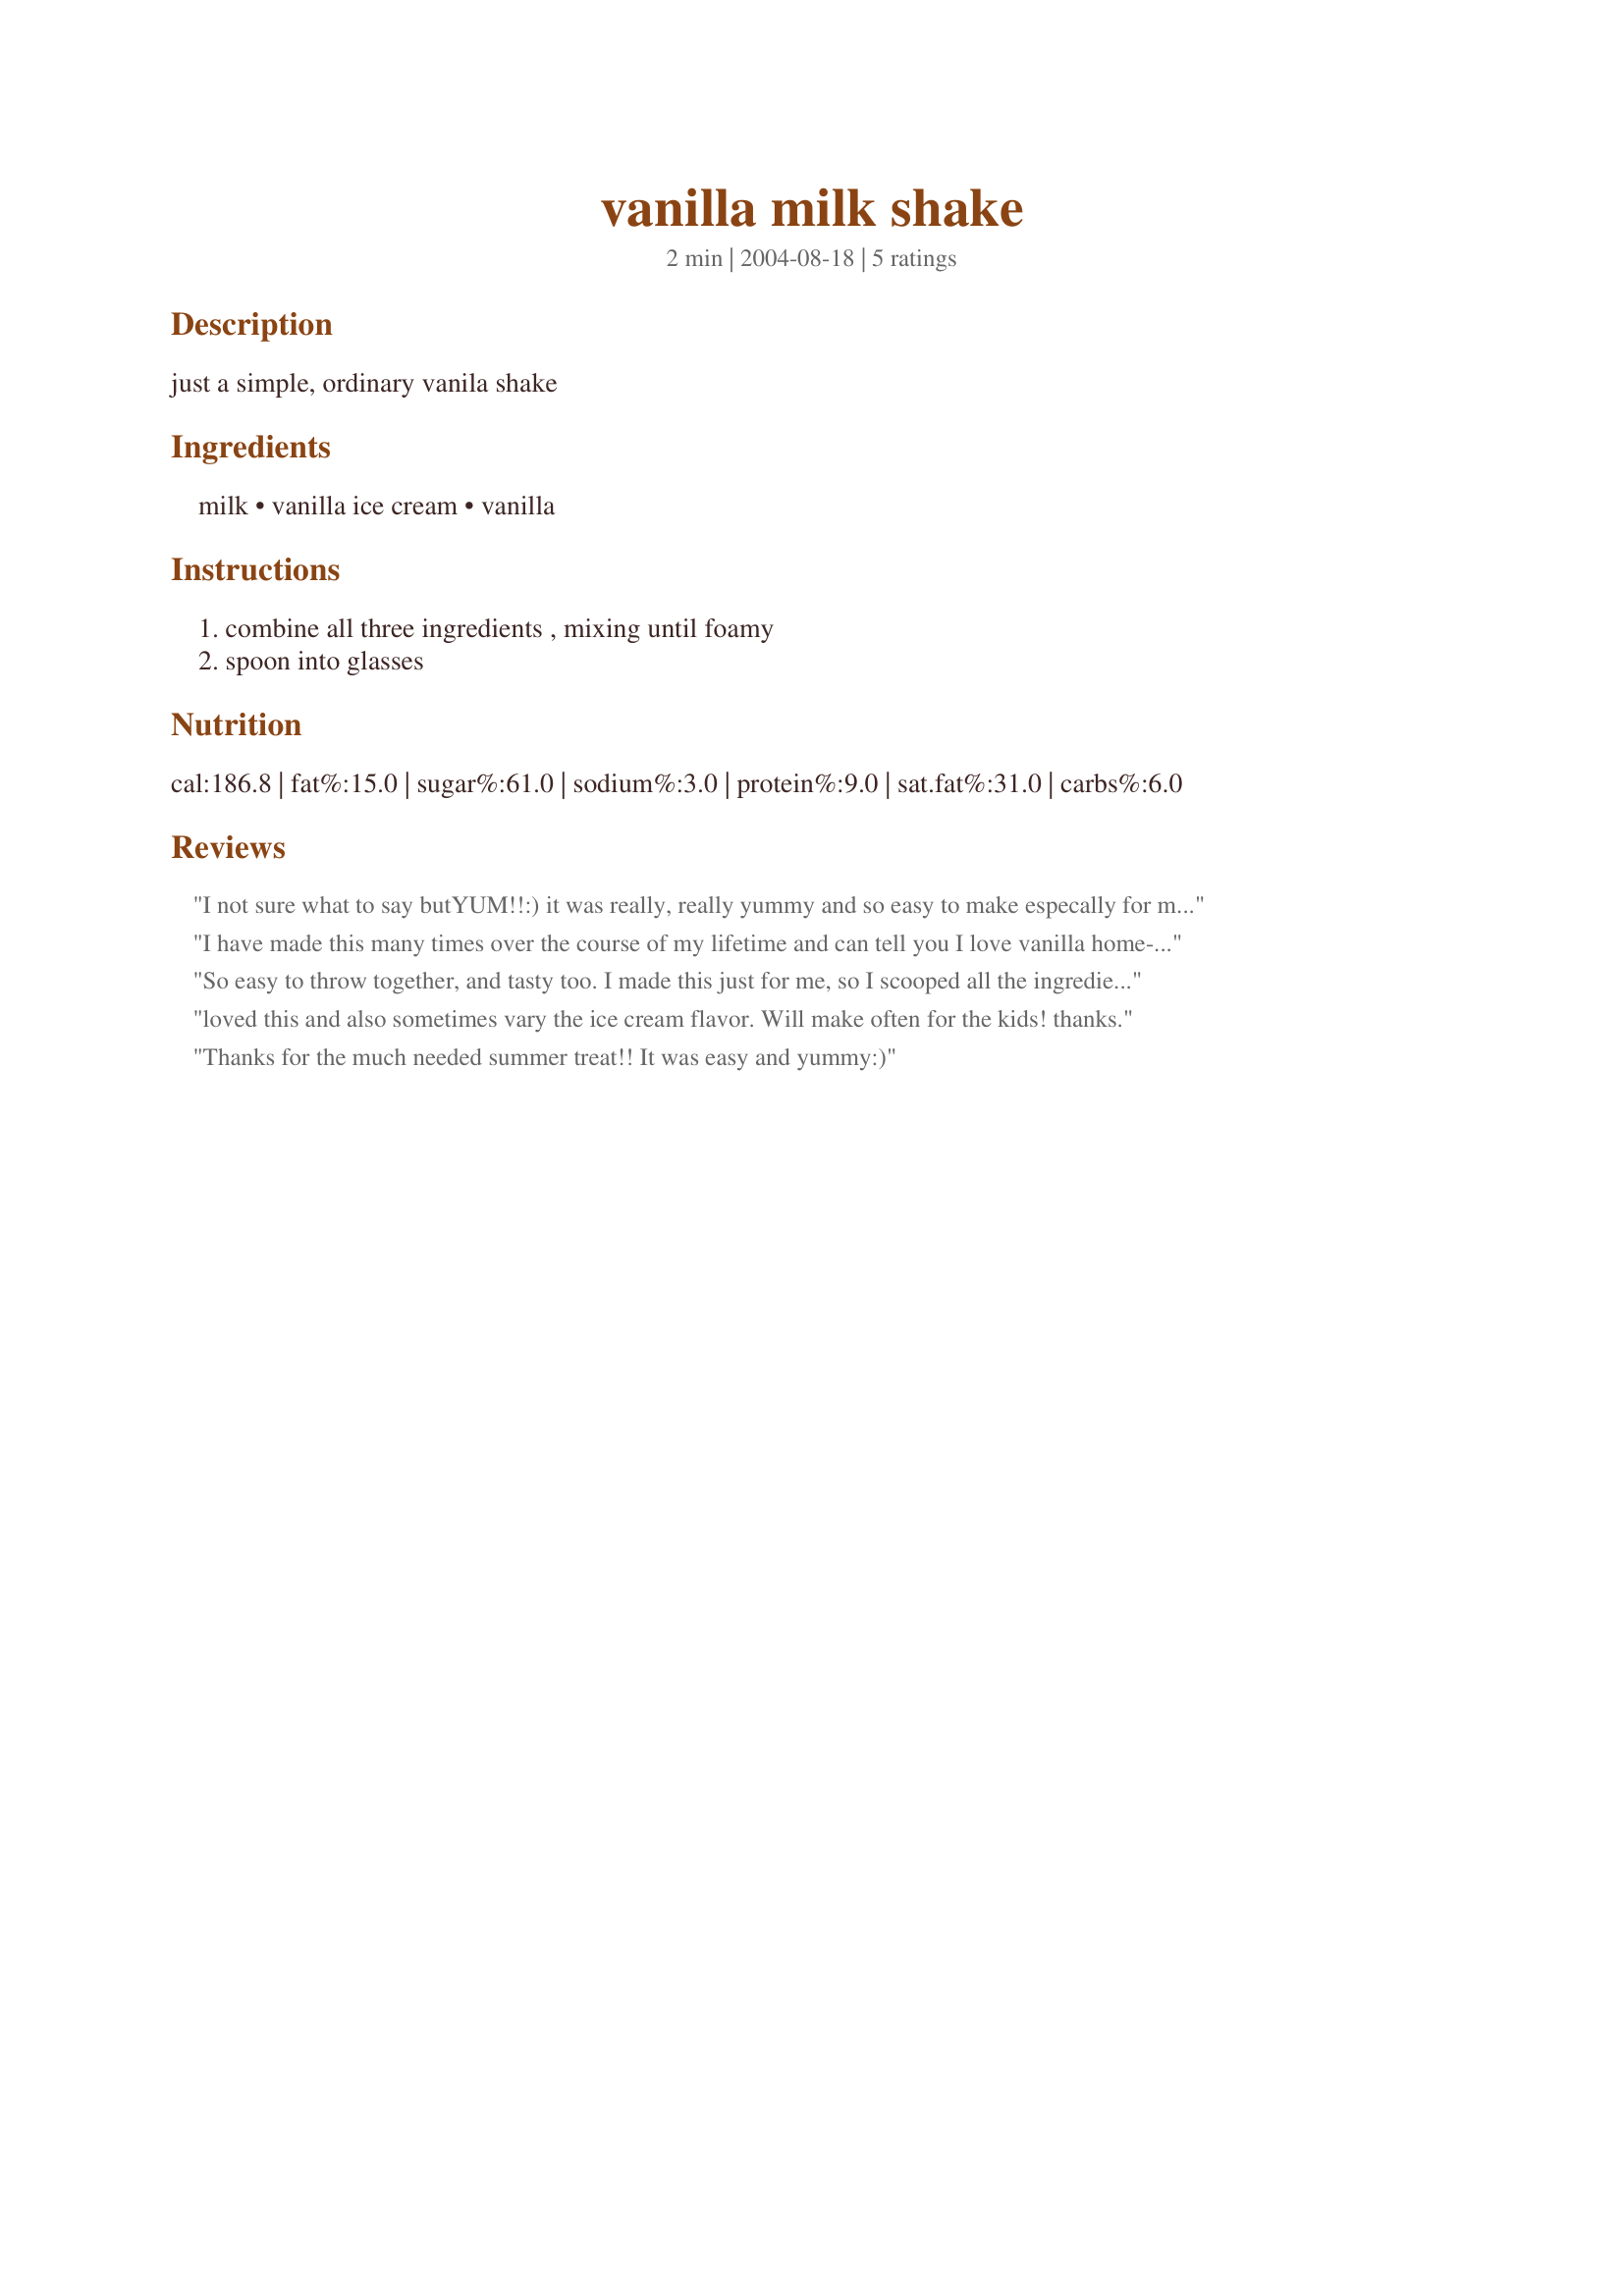
vanilla milk shake
Preparation time: 2 minutes

just a simple, ordinary vanila shake

Ingredients:
milk, vanilla ice cream, vanilla

Steps:
combine all three ingredients , mixing until foamy, spoon into glasses

Reviews:
I not sure what to say butYUM!!:) it was really, really yummy and so easy to make especally for me because I'm only 13!!!!:)
I have made this many times over the course of my lifetime and can tell you I love vanilla home-made milkshakes! Milkshakes made with homemade vanilla ice cream are the very best! This is the perfect recipe for just such a milkshake! Thank you for posting, littleturtle!
So easy to throw together, and tasty too. I made this just for me, so I scooped all the ingredients in my glass and mixed them together that way. Omited the vanilla because my brand of ice cream has enough vanilla in it. Thanks so much for sharing.
loved this and also sometimes vary the ice cream flavor. Will make often for the kids! thanks.
Thanks for the much needed summer treat!! It was easy and yummy:)
